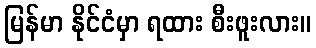
မြန်မာ နိုင်ငံမှာ ရထား စီးဖူးလား။